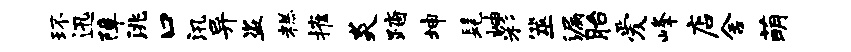
环迅障洮口汛异盗糕摧炎踏坤髦岫彩筮漏胎爱峰店舍萌